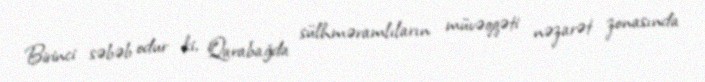
Birinci səbəb odur ki, Qarabağda sülhməramlıların müvəqqəti nəzarət zonasında